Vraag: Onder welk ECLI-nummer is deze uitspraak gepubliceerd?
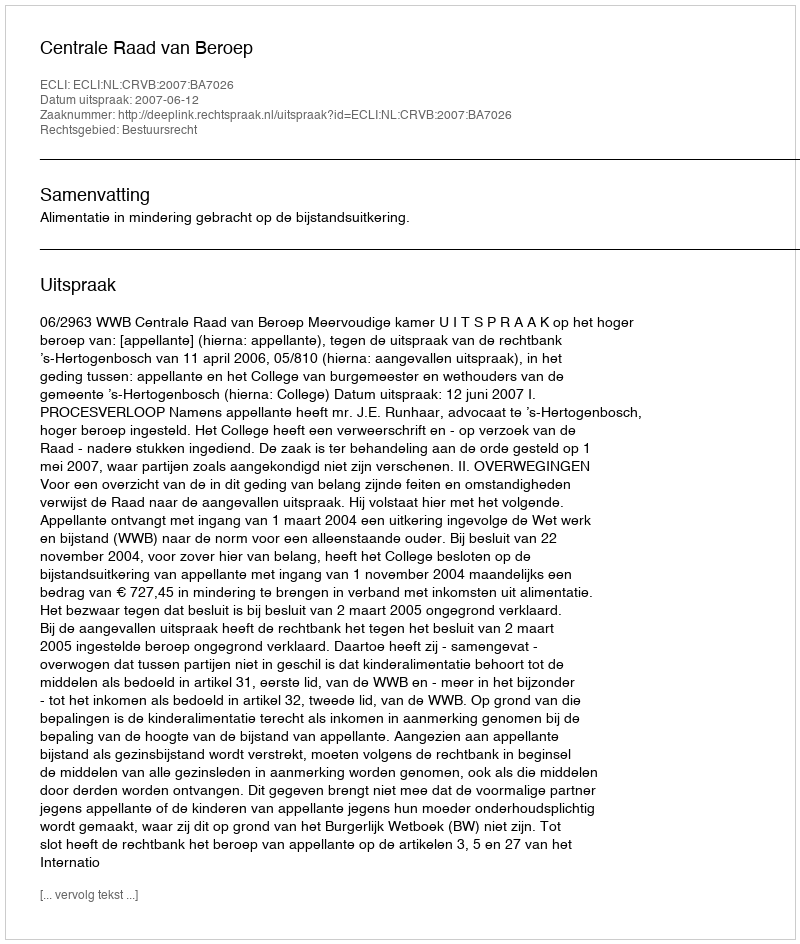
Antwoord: ECLI:NL:CRVB:2007:BA7026